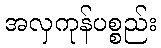
အလှကုန်ပစ္စည်း